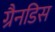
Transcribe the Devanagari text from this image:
ग्रैनडिस